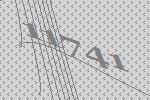
11741